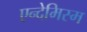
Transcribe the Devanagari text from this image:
एन्देमिस्म